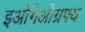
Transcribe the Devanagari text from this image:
इओगेओग्रफ्य